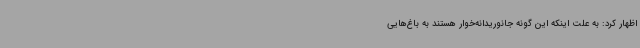
اظهار کرد: به علت اینکه این گونه جانوریدانه‌خوار هستند به باغ‌هایی